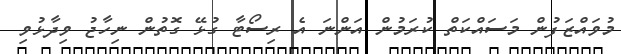
މުވައްޒަފުން މަސައްކަތް ކުރަމުން އަންނަ އެ ރިސޯޓާ ގުޅޭ ގޮތުން ނިހާޖު ވިދާޅުވި